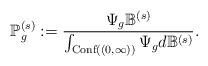
LaTeX: \begin{align*} \mathbb{P}_{g}^{(s)} : = \frac{\Psi_{g} \mathbb{B}^{(s )}}{ \int_{ \textnormal{Conf} \left((0, \infty)\right)} \Psi_{g} d \mathbb{B}^{(s )} }.\end{align*}